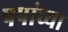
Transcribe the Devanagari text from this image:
पपांच्या